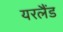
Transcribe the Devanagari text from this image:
यरलैंड